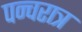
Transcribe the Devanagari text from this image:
पन्चरात्र